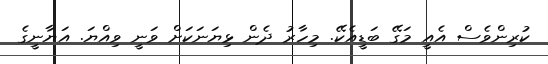
ކުރިންވެސް އެއީ މަގޭ ބަޑީއެކޭ. މިހާރު ދެން ޅިޔަނަކަށް ވަނީ ވިއްޔަ. އަޔާނީގެ